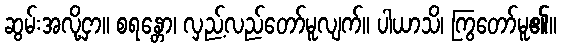
ဆွမ်းအလို့ငှာ။ စရန္တော၊ လှည့်လည်တော်မူလျက်။ ပါယာသိ၊ ကြွတော်မူ၏။